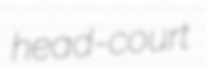
head-court